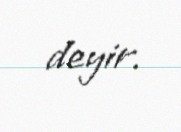
deyir.